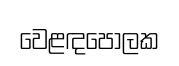
වෙළඳපොලක